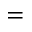
=